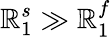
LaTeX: \mathbb{R}_{1}^{s}\gg\mathbb{R}_{1}^{f}